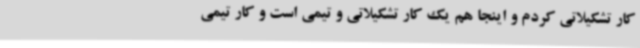
کار تشکیلاتی کردم و اینجا هم یک کار تشکیلاتی و تیمی است و کار تیمی